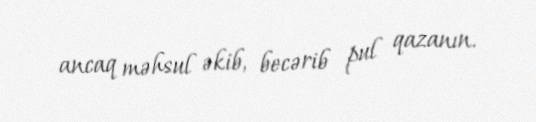
ancaq məhsul əkib, becərib pul qazanın.